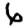
Digit: 6